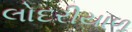
લોદરીયાળ